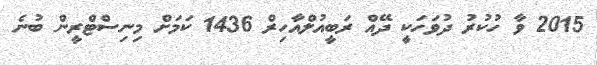
2015 ވާ ހުކުރު ދުވަހަކީ ދޭއް ރަބީއުލްއާހިރް 1436 ކަމަށް މިނިސްޓްރީން ބުނެ